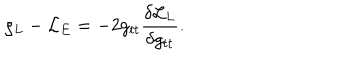
\varrho _ { L } - { \cal L } _ { E } = - 2 g _ { t t } { \frac { \delta { \cal L } _ { L } } { \delta g _ { t t } } } .